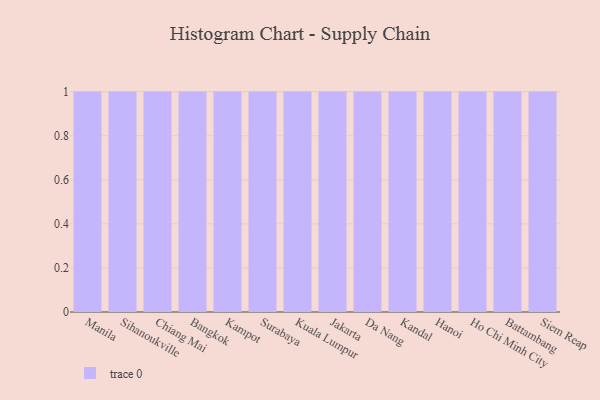
{"axis": {"x": "City", "y": "Market Share (%)"}, "legend": [""], "data": [{"x": "Manila", "y": 28, "type": ""}, {"x": "Sihanoukville", "y": 70, "type": ""}, {"x": "Chiang Mai", "y": 44, "type": ""}, {"x": "Bangkok", "y": 35, "type": ""}, {"x": "Kampot", "y": 67, "type": ""}, {"x": "Surabaya", "y": 18, "type": ""}, {"x": "Kuala Lumpur", "y": 39, "type": ""}, {"x": "Jakarta", "y": 14, "type": ""}, {"x": "Da Nang", "y": 49, "type": ""}, {"x": "Kandal", "y": 45, "type": ""}, {"x": "Hanoi", "y": 57, "type": ""}, {"x": "Ho Chi Minh City", "y": 58, "type": ""}, {"x": "Battambang", "y": 65, "type": ""}, {"x": "Siem Reap", "y": 19, "type": ""}]}